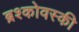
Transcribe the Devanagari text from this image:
ब्रश्कोवस्की